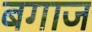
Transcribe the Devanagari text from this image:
बगाज